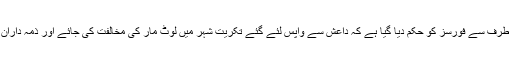
عراقی وزیراعظم کی طرف سے فورسز کو حکم دیا گیا ہے کہ داعش سے واپس لئے گئے تکریت شہر میں لوٹ مار کی مخالفت کی جائے اور ذمہ داران کو گرفتار کیا جائے۔